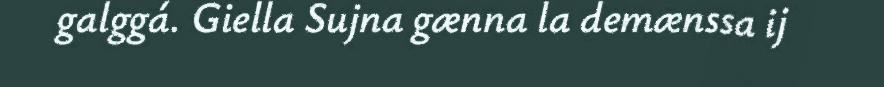
galggá. Giella Sujna gænna la demænssa ij